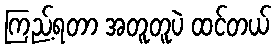
ကြည့်ရတာ အတူတူပဲ ထင်တယ်